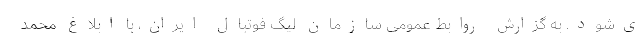
ی‌شود. به گزارش روابط عمومی سازمان لیگ فوتبال ایران، با ابلاغ محمد